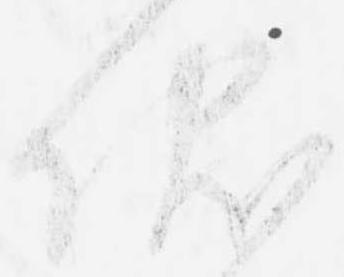
伏